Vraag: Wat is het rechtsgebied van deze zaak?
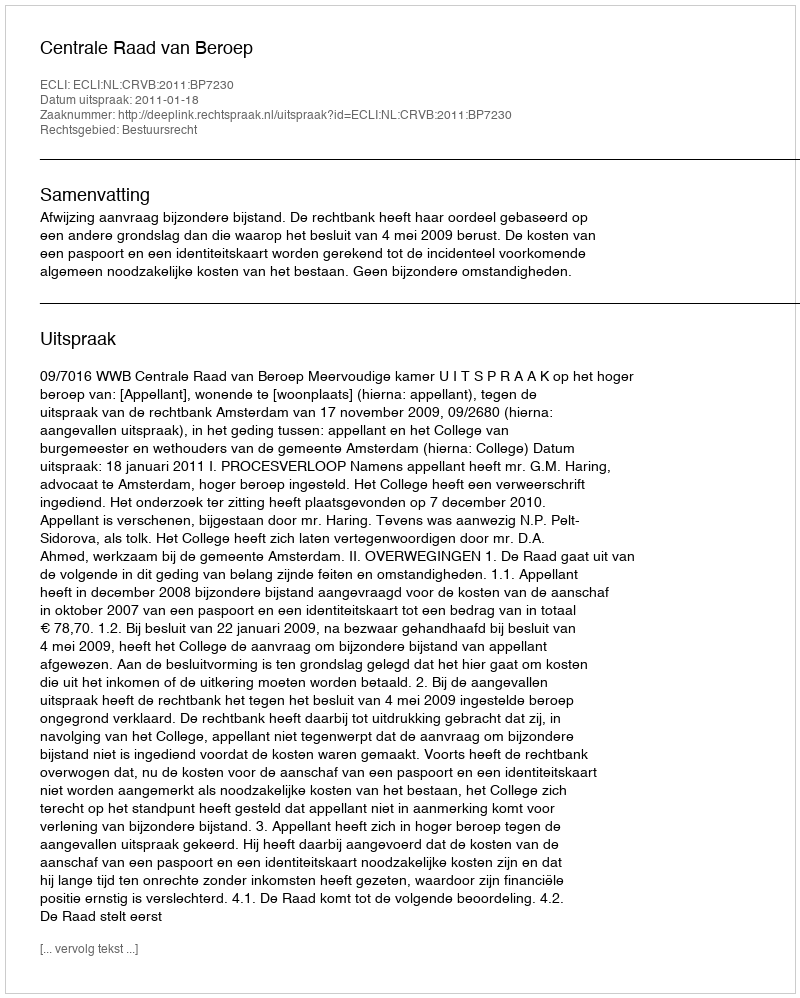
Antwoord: Bestuursrecht